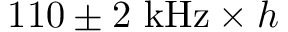
1 1 0 \pm 2 ~ \mathrm { k H z } \times h